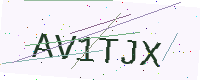
Text: AV1TJX